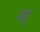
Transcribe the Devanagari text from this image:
वाञ्चू